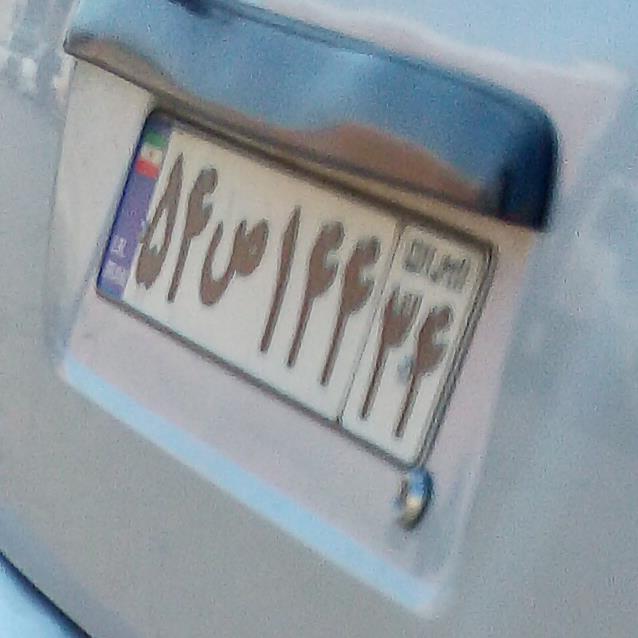
۵۴ص۱۴۴۳۴